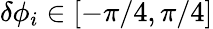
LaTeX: \delta\phi_{i}\in[-\pi/4,\pi/4]